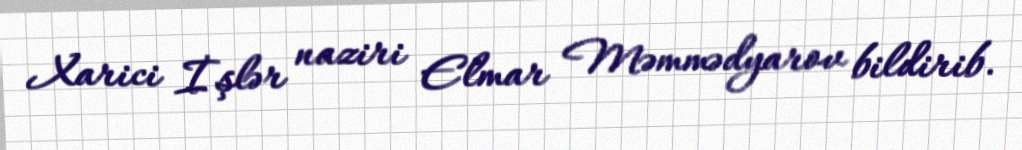
Xarici İşlər naziri Elmar Məmmədyarov bildirib.